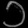
Digit: ၁